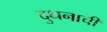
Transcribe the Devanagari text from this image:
दुधनाची